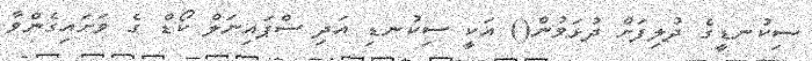
ސިކުނޑީގެ ދުލިފަށް ދުޅަވުން() އަކީ ސިކުނޑި އަދި ސްޕައިނަލް ކޯޑް ގެ ވަށައިގެންވާ